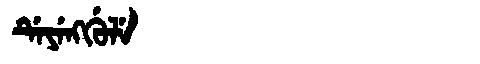
Manchu: ᡩᡝᠶᡝᠩᡤᡠᠯᡝ
Romanization: DEYENGGULE